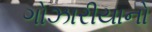
ગોઝારીયાનો